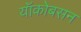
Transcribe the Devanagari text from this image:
यॉकोबसन